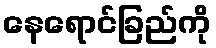
နေရောင်ခြည်ကို